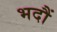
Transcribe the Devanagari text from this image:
भदौं